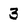
Character: 3